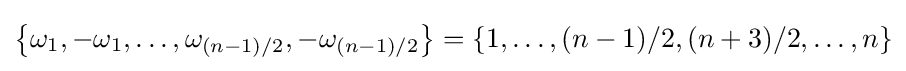
\left\{\omega _{1},-\omega _{1},\dots ,\omega _{(n-1)/2},-\omega _{(n-1)/2}\right\}=\left\{1,\dots ,(n-1)/2,(n+3)/2,\dots ,n\right\}